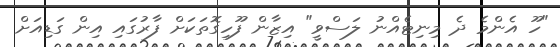
"ހޫ އެންމެ ދެ މިނިޓެއްނު ލަސްވީ" އިޒާން ފޫހިގޮތަކަށް ފާރުގައި އިން ގަޑިއަށް